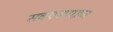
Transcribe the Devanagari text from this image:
सबएल्पाइन